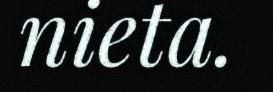
nieta.